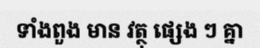
ទាំងពួង មាន វត្ថុ ផ្សេង ៗ គ្នា